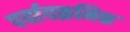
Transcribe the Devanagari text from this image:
पर्यायक्रमिक